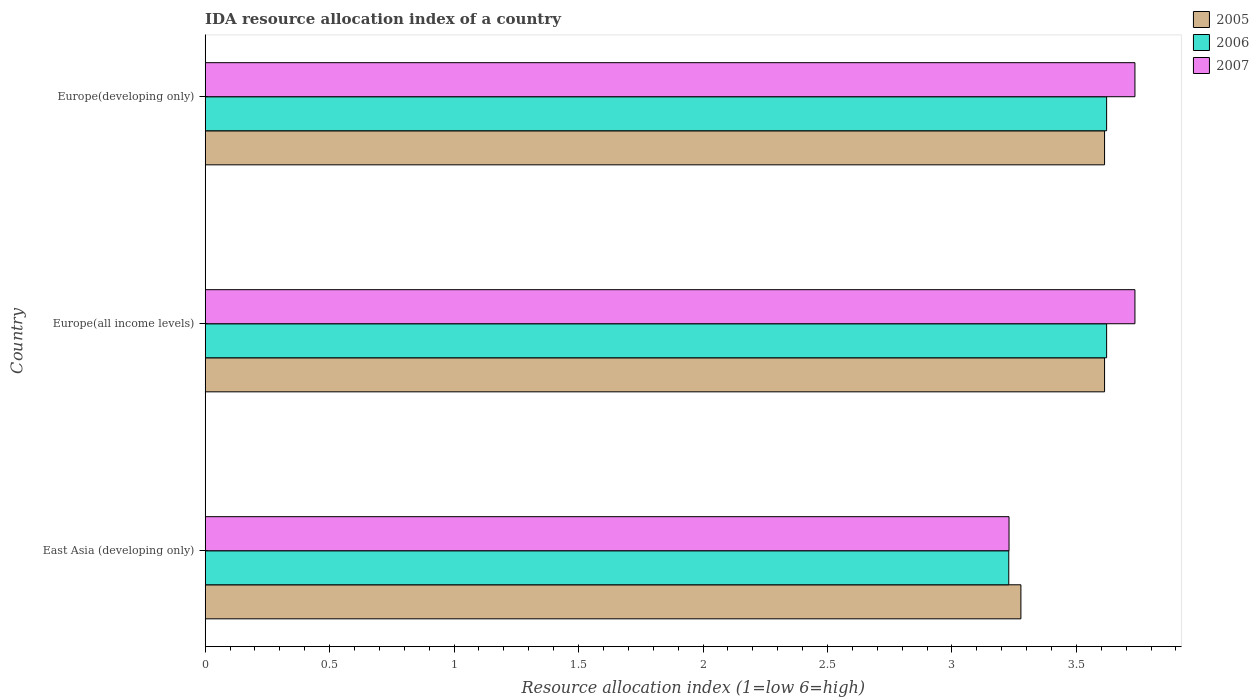
| Country | 2005 | 2006 | 2007 |
 | --- | --- | --- | --- |
 | East Asia (developing only) | 3.28 | 3.23 | 3.23 |
 | Europe(all income levels) | 3.61 | 3.62 | 3.74 |
 | Europe(developing only) | 3.61 | 3.62 | 3.74 |